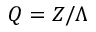
Q = Z / \Lambda